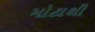
મોટાથી